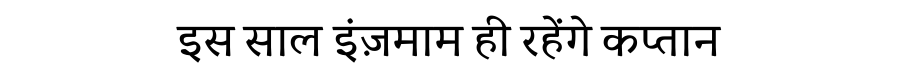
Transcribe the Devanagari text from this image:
इस साल इंज़माम ही रहेंगे कप्तान